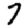
Digit: 7